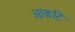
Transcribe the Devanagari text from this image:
आकटि